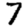
Digit: 7